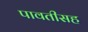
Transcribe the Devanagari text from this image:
पावतीसह